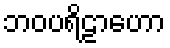
ဘဝပရိဠာဟော